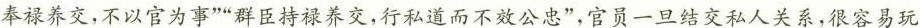
奉禄养交，不以官为事””群臣持禄养交，行私道而不效公忠”，官员一旦结交私人关系，很容易玩